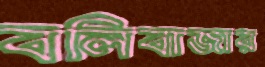
বলিবাজার